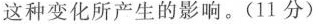
这种变化所产生的影响。(11分)